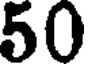
50